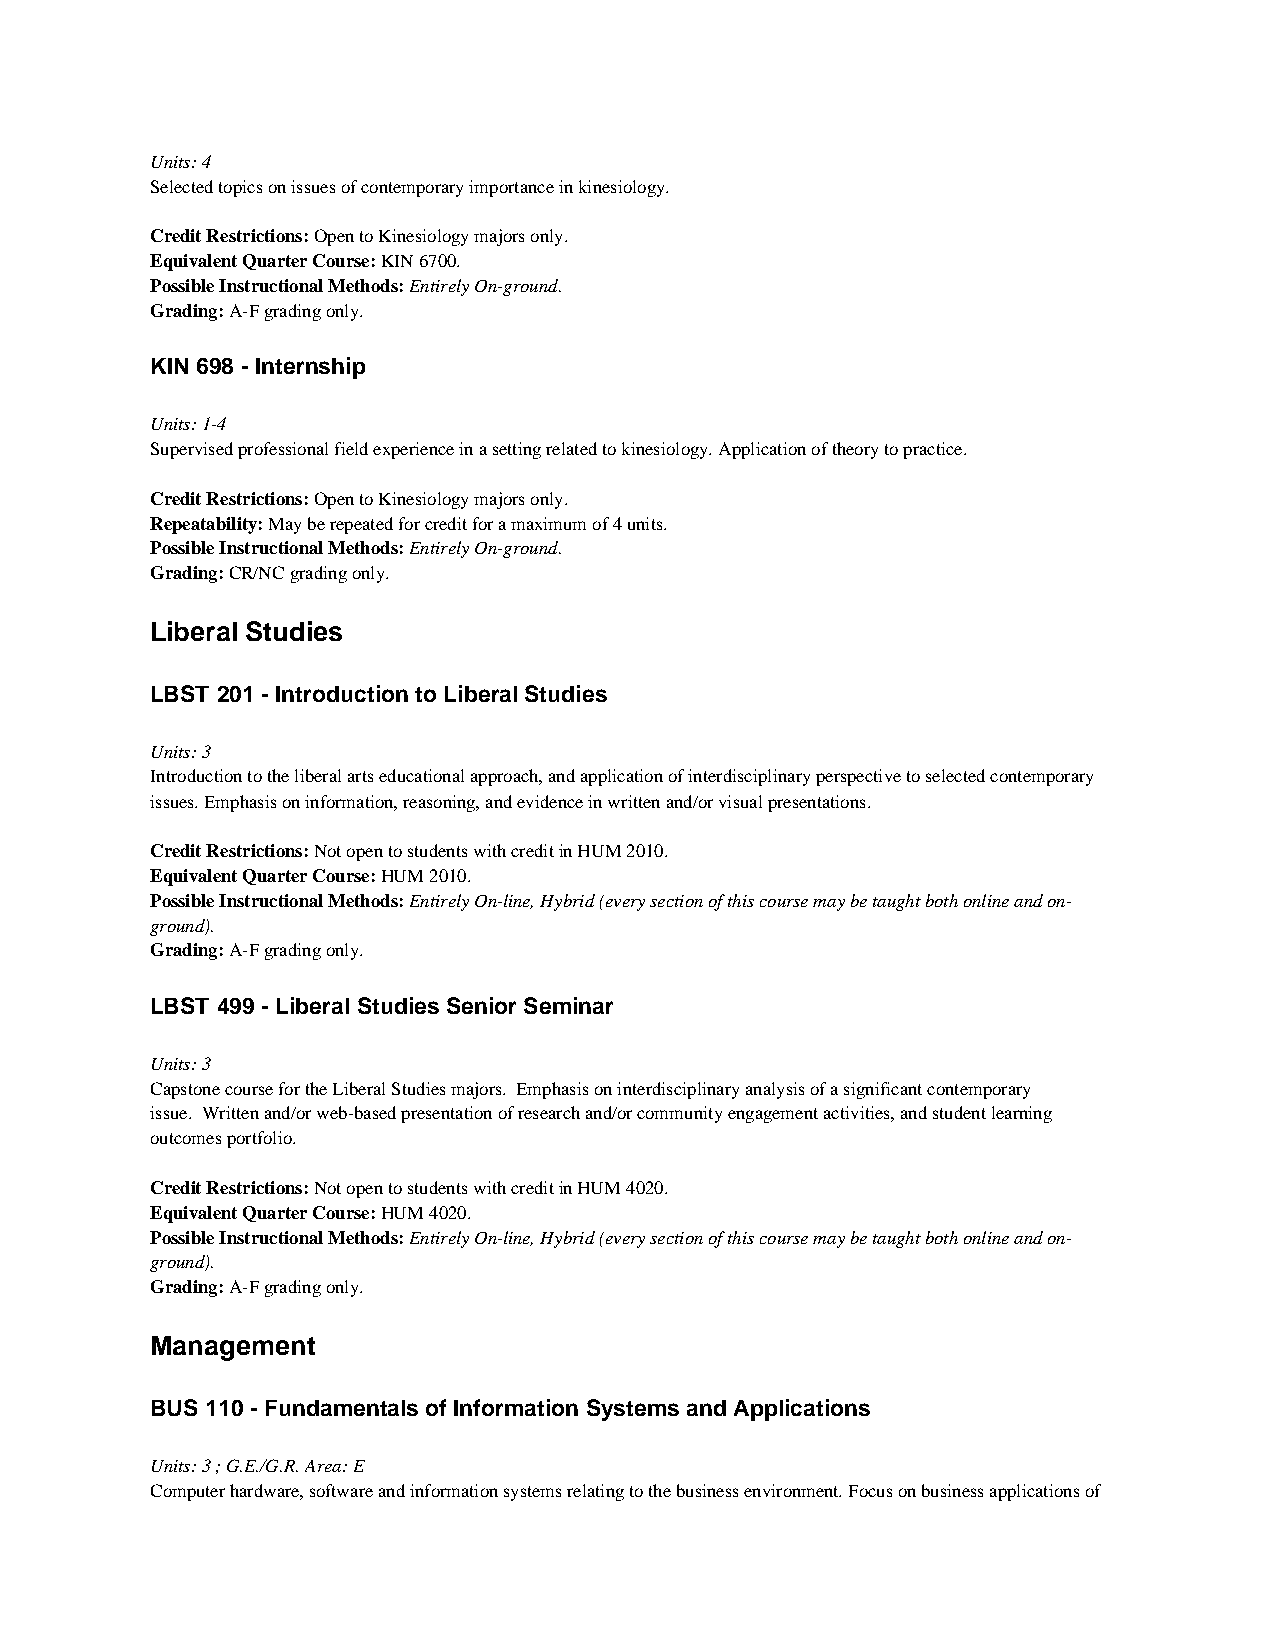
Units: 4
 Selected topics on issues of contemporary importance in kinesiology.
 Credit Restrictions: Open to Kinesiology majors only.
 Equivalent Quarter Course: KIN 6700.
 Possible Instructional Methods: Entirely On-ground.
 Grading: A-F grading only.
 KIN 698 - Internship
 Units: 1-4
 Supervised professional field experience in a setting related to kinesiology. Application of theory to practice.
 Credit Restrictions: Open to Kinesiology majors only.
 Repeatability: May be repeated for credit for a maximum of 4 units.
 Possible Instructional Methods: Entirely On-ground.
 Grading: CR/NC grading only.
 Liberal Studies
 LBST 201 - Introduction to Liberal Studies
 Units: 3
 Introduction to the liberal arts educational approach, and application of interdisciplinary perspective to selected contemporary
 issues. Emphasis on information, reasoning, and evidence in written and/or visual presentations.
 Credit Restrictions: Not open to students with credit in HUM 2010.
 Equivalent Quarter Course: HUM 2010.
 Possible Instructional Methods: Entirely On-line, Hybrid (every section of this course may be taught both online and on-
 ground).
 Grading: A-F grading only.
 LBST 499 - Liberal Studies Senior Seminar
 Units: 3
 Capstone course for the Liberal Studies majors. Emphasis on interdisciplinary analysis of a significant contemporary
 issue. Written and/or web-based presentation of research and/or community engagement activities, and student learning
 outcomes portfolio.
 Credit Restrictions: Not open to students with credit in HUM 4020.
 Equivalent Quarter Course: HUM 4020.
 Possible Instructional Methods: Entirely On-line, Hybrid (every section of this course may be taught both online and on-
 ground).
 Grading: A-F grading only.
 Management
 BUS 110 - Fundamentals of Information Systems and Applications
 Units: 3 ; G.E./G.R. Area: E
 Computer hardware, software and information systems relating to the business environment. Focus on business applications of